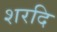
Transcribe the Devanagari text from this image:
शरदि